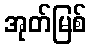
အုတ်မြစ်